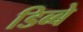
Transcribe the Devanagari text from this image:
डिब्बे